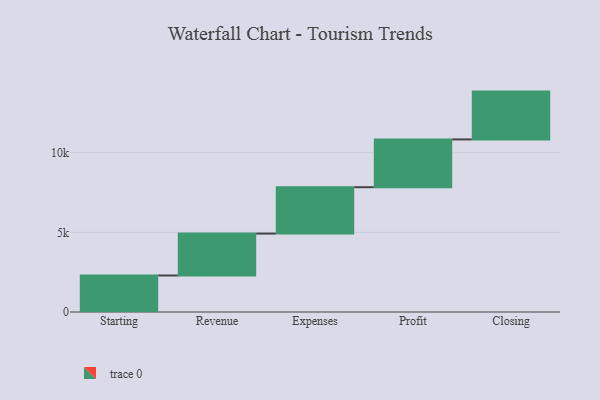
{"axis": {"x": "Step", "y": "Value"}, "legend": [""], "data": [{"x": "Starting", "y": 2291.0, "type": ""}, {"x": "Revenue", "y": 2630.0, "type": ""}, {"x": "Expenses", "y": 2909.0, "type": ""}, {"x": "Profit", "y": 3000, "type": ""}, {"x": "Closing", "y": 3000, "type": ""}]}